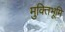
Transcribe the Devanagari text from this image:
मुक्तिभूमि